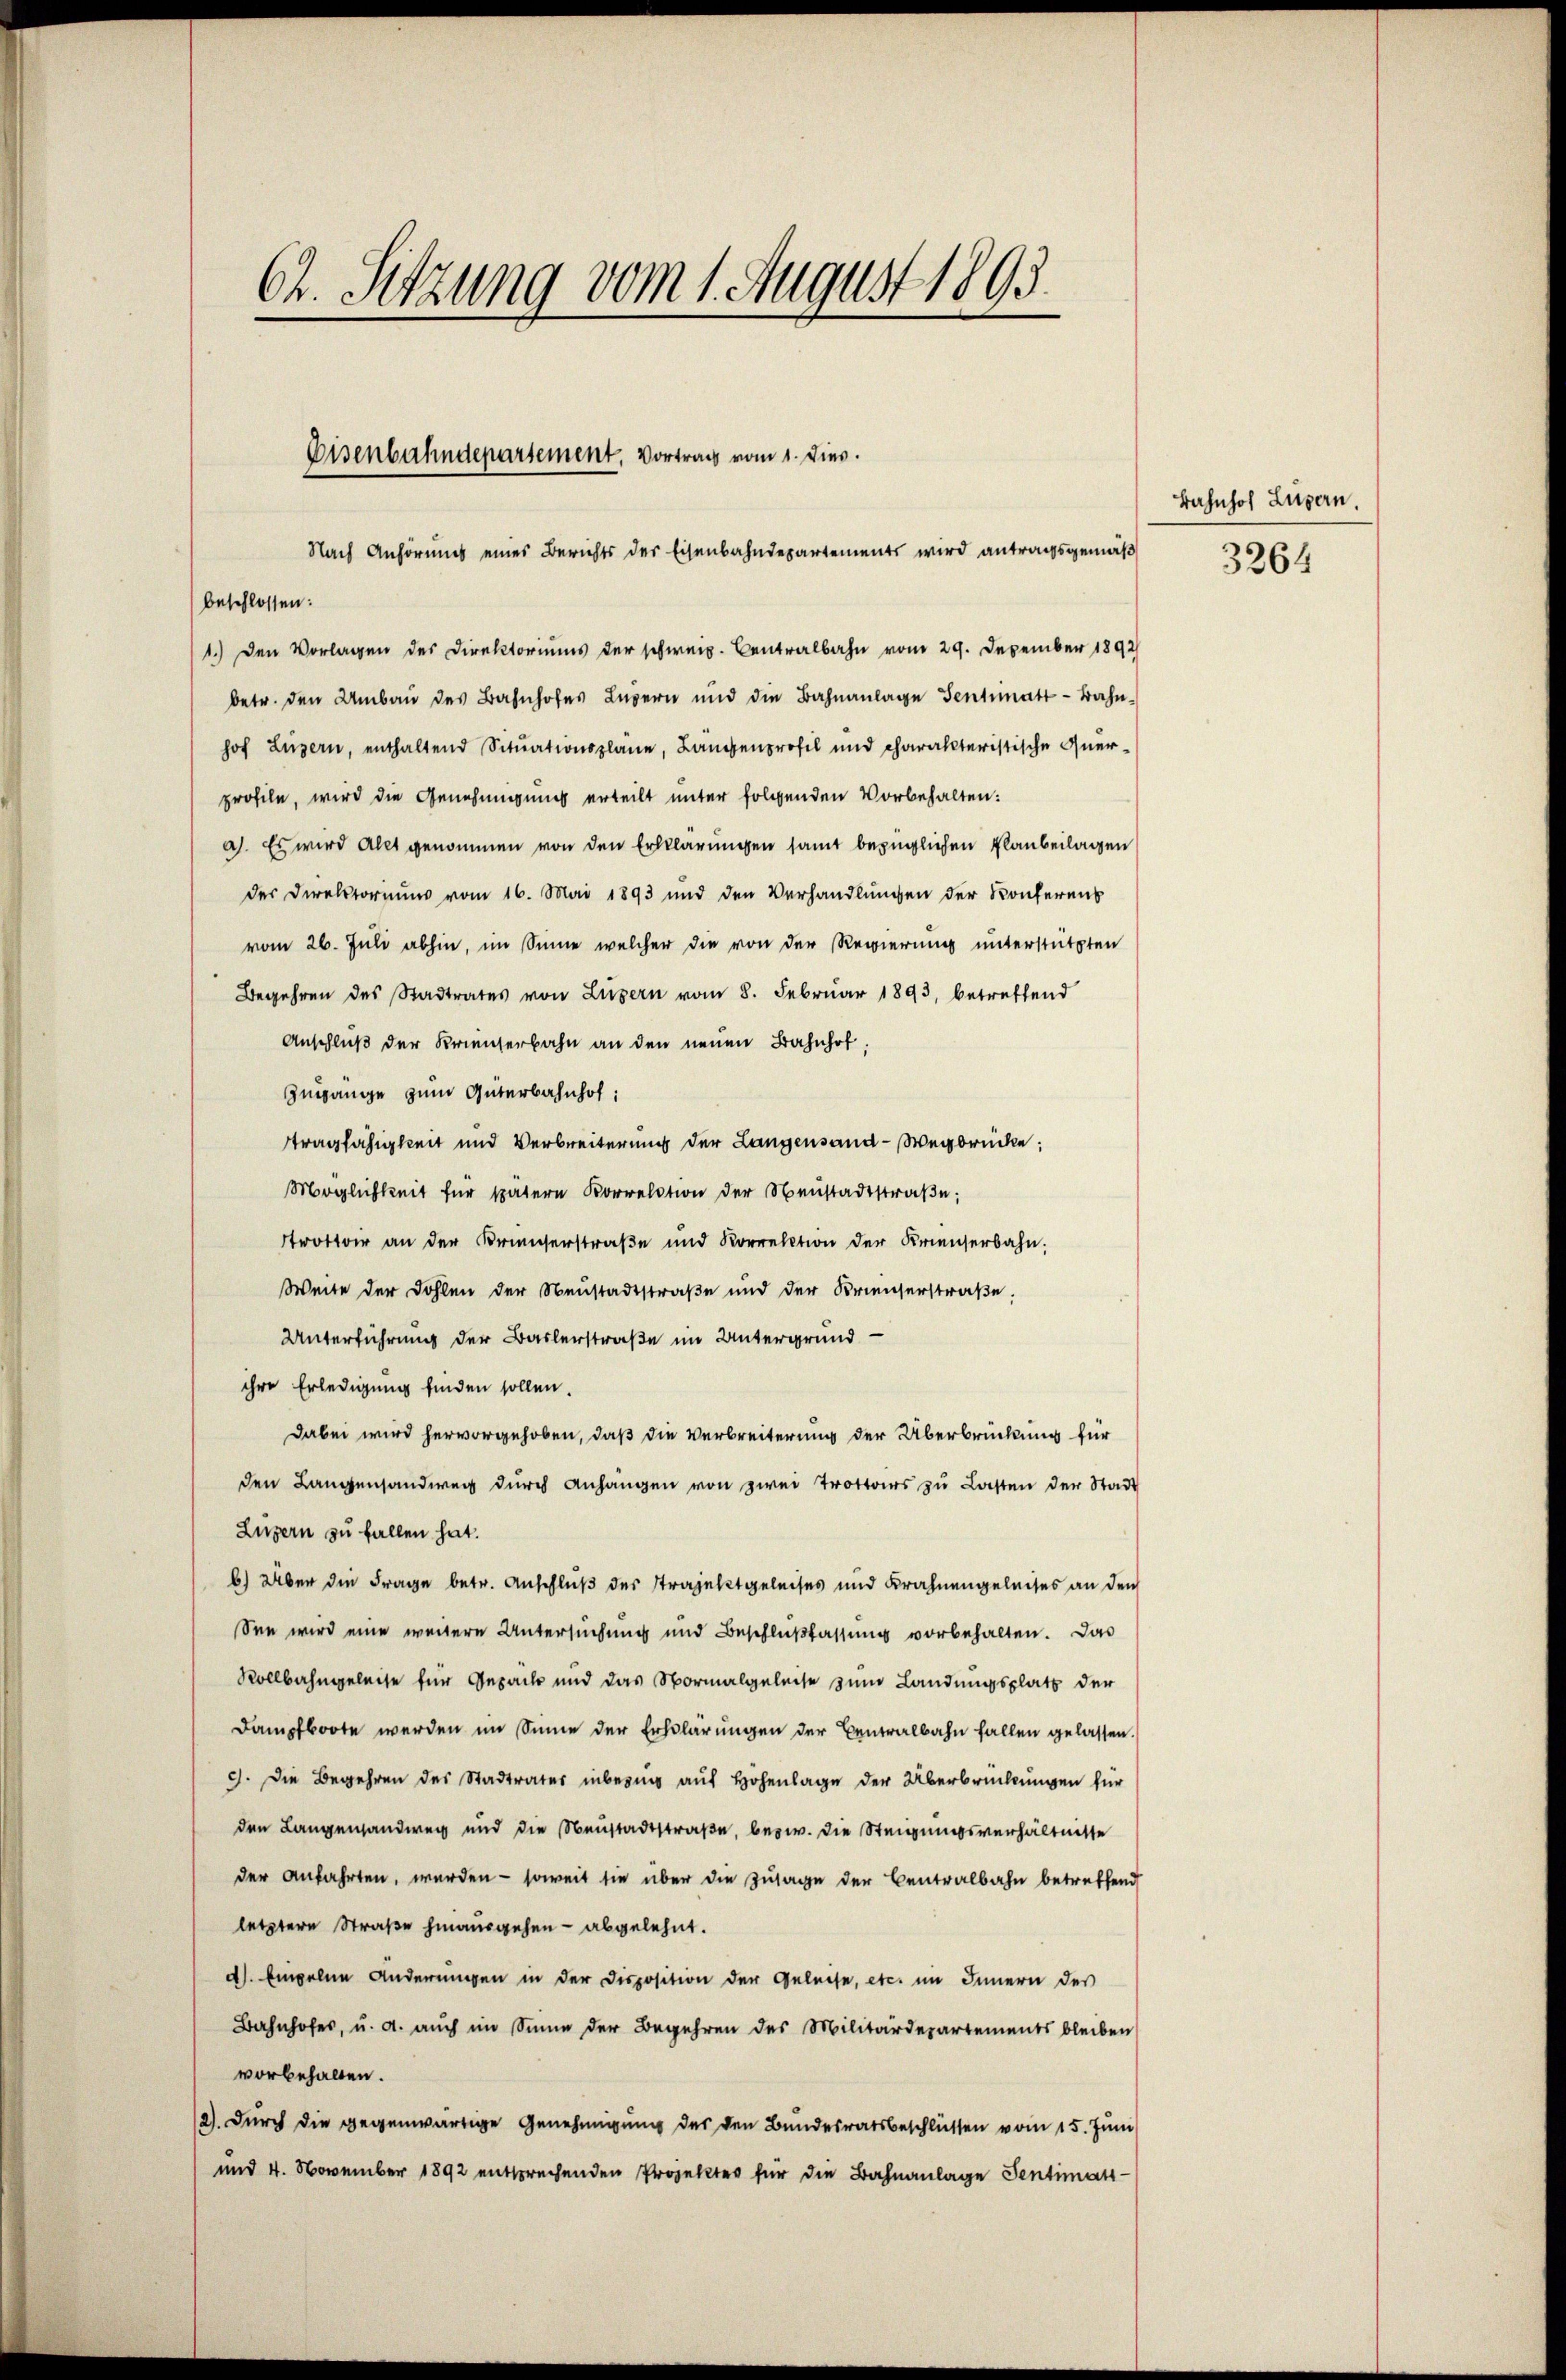
62. Sitzung vom 1. August 1893.

Eisenbahndepartement. Vortrag vom 1. Dies

Nach Anhörung eines Berichts der Eisenbahndepartements wird antragsgemäß
beschlossen:
1.) Den Vorlagen des Direktoriums der schweiz. Centralbahn vom 29. Dezember 1892
betr. den Umbaŭ des Bahnhofes Luzern und die Bahnanlage Sentimatt-Bahn-
hof Luzern, enthaltend Sitŭationspläne, Längenprofil und charakteristische Querprofile, wird die Genehmigung erteilt unter folgenden Vorbehalten:
a). Es wird Alet genommen von den Erklärungen samt bezüglichen Planbeilagen
der Direktornung vom 16. Mai 1893 und den Verhandlungen der Konferens
vom 26. Juli abhin, im Sinne welcher die von der Regierung unterstützten
Begehren des Stadtrates von Luzern vom 8. Februar 1893, betreffend
Anschluß der Krienterbahn an den neuen Bahnhof,
Zugange zum Güterbahnhof:
tragfähigkeit und Verbreiterung der Langensand-Wegbrücke;
Möglichkeit für spätere Korrelation der Neŭstadtstraβe,
trottoir an der Kreiserstraße und Korrektion der Krienserbahn.
Weite der Dohlen der Neustadtstraße und der Krienserstraβe.
Unterführung der Baslerstraße im Untergrund
ihre Erledigung finden sollen.
Dabei wird hervorgehoben, daß die Verbreiterung der Überbrückung für
den Langenhandweg dŭrch Anhängen von zwei Trottoirs zu Lasten der Stadt
Luzern zu fallen hat.
6) Über die Frage betr. Anschluß der Strajekt geleises und Krahnengeleises an den
See wird eine weitere Untersuchung und Beschlußfassung vorbehalten. Das
Rollbahngeleise für Gepacht und das Normalgeleise zum Landungsplatt der
Dampfboote werden im Sinne der Erklärungen der Centralbahn fallen gelassen.
9. Die Begehren des Stadtrates inbering auf Hohenlage der Überbrückungen für
den Langenlandweg und die Neŭstadtstraße, bezw. die Steigungsverhältnisse
der Anfahrten, werden - soweit sie über die Zulage der Centralbahn betreffend
letztere Straße hinausgehen - abgelehnt.
d). Einzelne Anderungen in der Disposition der Geleise, etc. im Innern des
Bahnhofer, u. a. auch im Sinne der Begehren des Militärdepartements bleiben
vorbehalten.
12) durch die gegenwärtige Genehmigung des den Bundesratsbeschlüssen vom 15. Juni
und 4. November 1892 entsprechenden Projekte für die Bahnanlage Sentimats-

Bahnhof Luzern.

3264